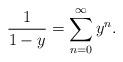
LaTeX: \begin{align*}\frac{1}{1-y} = \sum_{n=0}^\infty y^n.\end{align*}